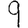
Digit: 9